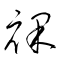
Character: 裸